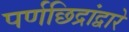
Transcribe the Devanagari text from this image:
पर्णछिद्रांद्वारे